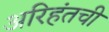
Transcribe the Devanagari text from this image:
अरिहंतची